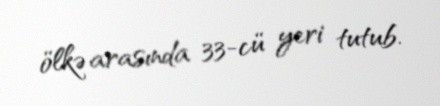
ölkə arasında 33-cü yeri tutub.